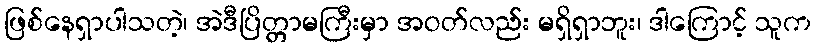
ဖြစ်နေရှာပါသတဲ့၊ အဲဒီပြိတ္တာမကြီးမှာ အဝတ်လည်း မရှိရှာဘူး၊ ဒါကြောင့် သူက